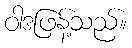
ဝါဒဖြန့်သည်။